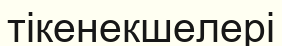
тікенекшелері